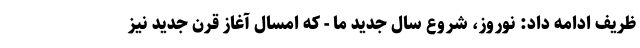
ظریف ادامه داد: نوروز، شروع سال جدید ما - که امسال آغاز قرن جدید نیز